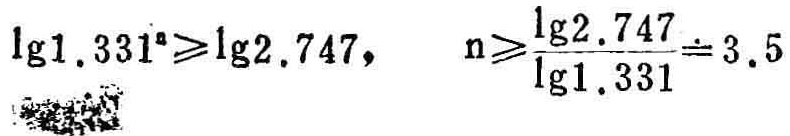
\(\lg1.331^{n}\geqslant\lg2.747,\ \ \ \ n\geqslant\frac{\lg2.747}{\lg1.331}\doteq3.5\)